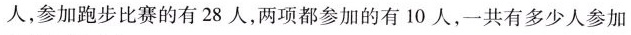
人，参加跑步比赛的有28人，两项都参加的有10人，一共有多少人参加